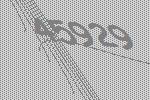
45929